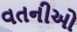
વતનીઓ